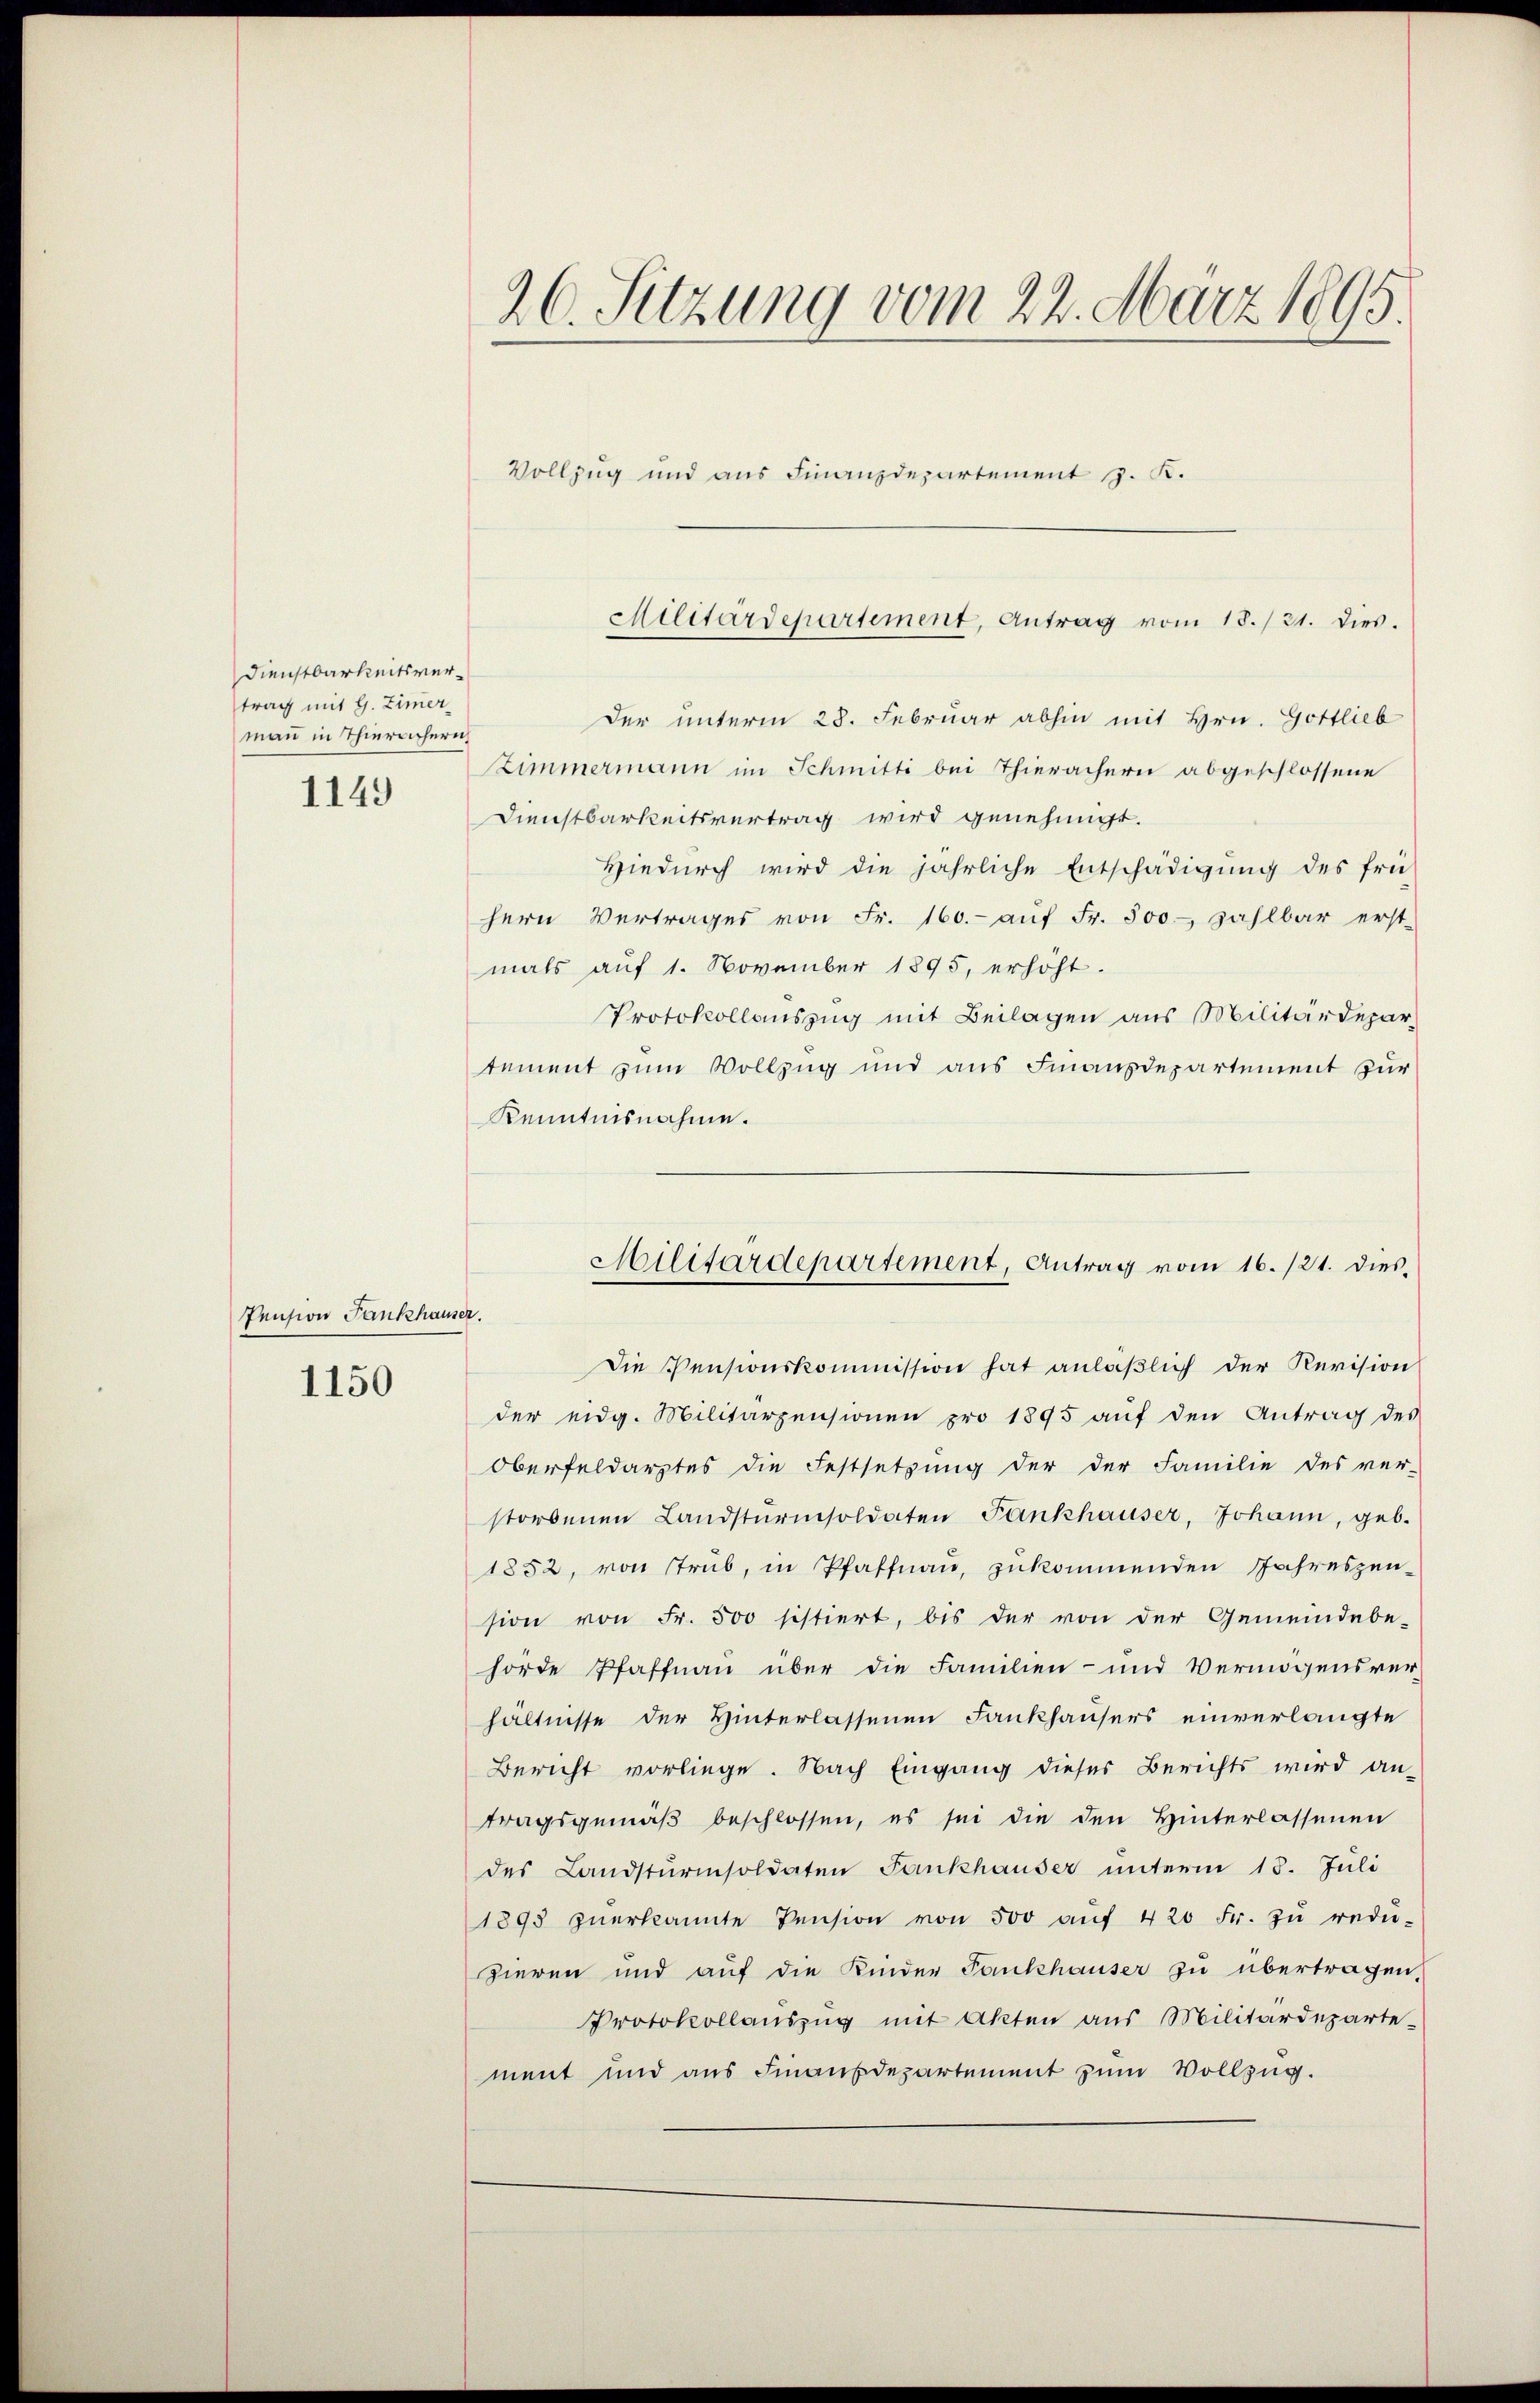
Dienstbarkeitsvertrag mit G. Zimmer
mann in Thieracheri
1149

Pension Fankhauser.

1150

26. Sitzung vom 22. März 1895.
Vollzug und aus Finanzdepartement J. K.

Militärdepartement, Antrag vom 18./21. dies.

Der unterm 28. Februar abhin mit Hrn. Gottlieb
Zimmermann im Schmitti bei Thierachern abgeschlossene
Dienstbarkeitsvertrag wird genehmigt.
Hiedurch wird die jährliche Entschädigung des frü-
hern Vertrages von Fr. 160.- aŭf Fr. 500. zahlbar erst-
mals auf 1. November 1895, erhöht.
Protokollauszug mit Beilagen aus Militärdepar
tement zum Vollzug und aus Finanzdepartement zur
Kenntnisnahme.

Hilitärdepartement, Antrag vom 16./21. dies¬

Die Pensionskommission hat anläßlich der Revision
der eidg. Militärzensionen pro 1895 aŭf den Antrag des
Oberfeldarztes die Festsetzung der der Familie des ver-
storbenen Landsturmsoldaten Fankhauser, Johann, geb.
1852, von Trüb, in Pfaffnau, zukommenden Jahreszen-
sion von Fr. 500 sistiert, bis der von der Gemeindebe-
hörde Pfaffnau über die Familien- und Vermögensver-
hältnisse der Hinterlassenen Fankhausers einverlangte
Bericht vorliege. Nach Eingang dieser Berichts wird an-
tragsgemäβ beschlossen, es sei die den Hinterlassenen
des Landsturmsoldaten Fankhauser unterm 18. Juli
1895 zŭerkannte Pension von 500 aŭf 420 Fr. zŭ redŭ-
zieren und auf die Kinder Fankhauser zu übertragen,
Protokollauszug mit Akten aus Militärdeparte-
ment und aus Finanzdepartement zum Vollzug.